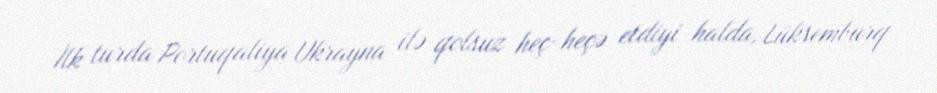
İlk turda Portuqaliya Ukrayna ilə qolsuz heç-heçə etdiyi halda, Lüksemburq